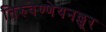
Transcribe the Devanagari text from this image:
तिरुवेण्णेयनल्लूर